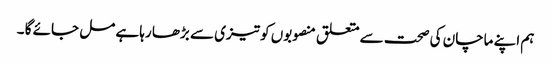
ہم اپنے ماچان کی صحت سے متعلق منصوبوں کو تیزی سے بڑھا رہا ہے مل جائے گا ۔